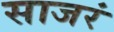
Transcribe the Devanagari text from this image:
साजरं